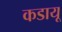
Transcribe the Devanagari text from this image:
कडायू